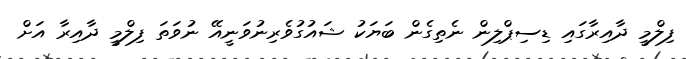
ފިލްމީ ދާއިރާގައި ޑިސިޕްލިން ނެތިގެން ބަޔަކު ޝައުގުވެރިނުވަނީއޭ ނުވަތަ ފިލްމީ ދާއިރާ އަށް